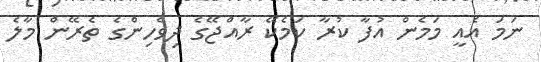
ނަމަ އެއީ މަމެން އުފާ ކުރާ ކަމެކޭ ރާއްޖޭގެ ދިވެހިންގެ ތެރޭން މާލެ